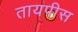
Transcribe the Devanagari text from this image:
तायपीस